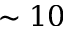
\sim 1 0